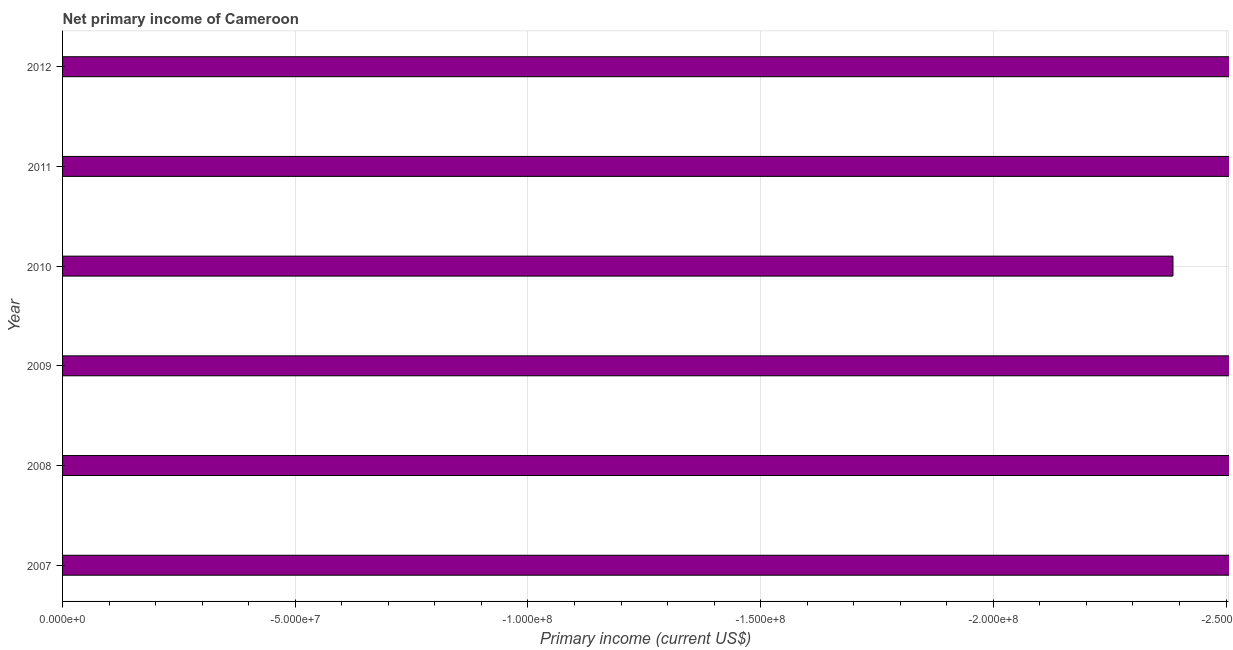
| Year | Net primary income |
 | --- | --- |
 | 2007 | -4.99e+08 |
 | 2008 | -3.29e+08 |
 | 2009 | -4.77e+08 |
 | 2010 | -2.39e+08 |
 | 2011 | -3.03e+08 |
 | 2012 | -4.45e+08 |